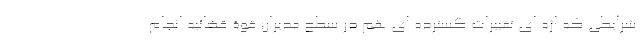
شرایطی که اژه ای تغییرات گسترده ای هم در سطح مدیران قوّۀ قضائیه انجام